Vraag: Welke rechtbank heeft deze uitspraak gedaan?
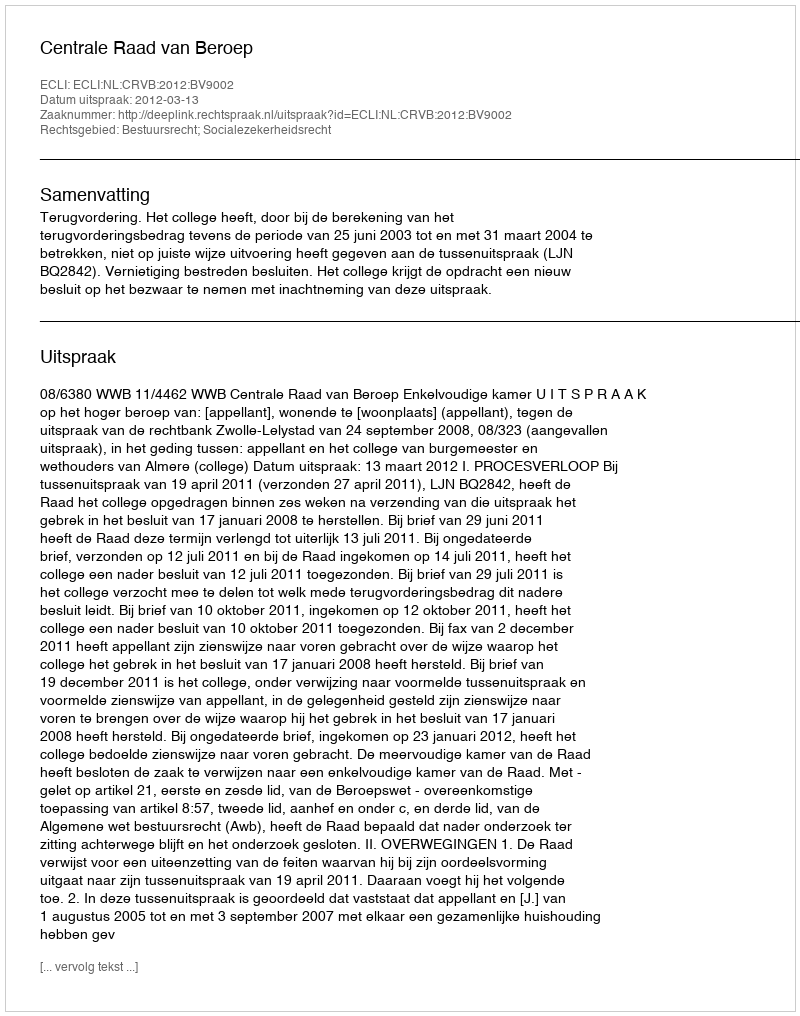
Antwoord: Centrale Raad van Beroep